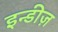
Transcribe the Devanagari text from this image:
इन्डीज़